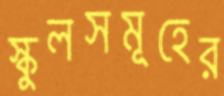
স্কুলসমূহের